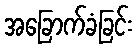
အခြောက်ခံခြင်း